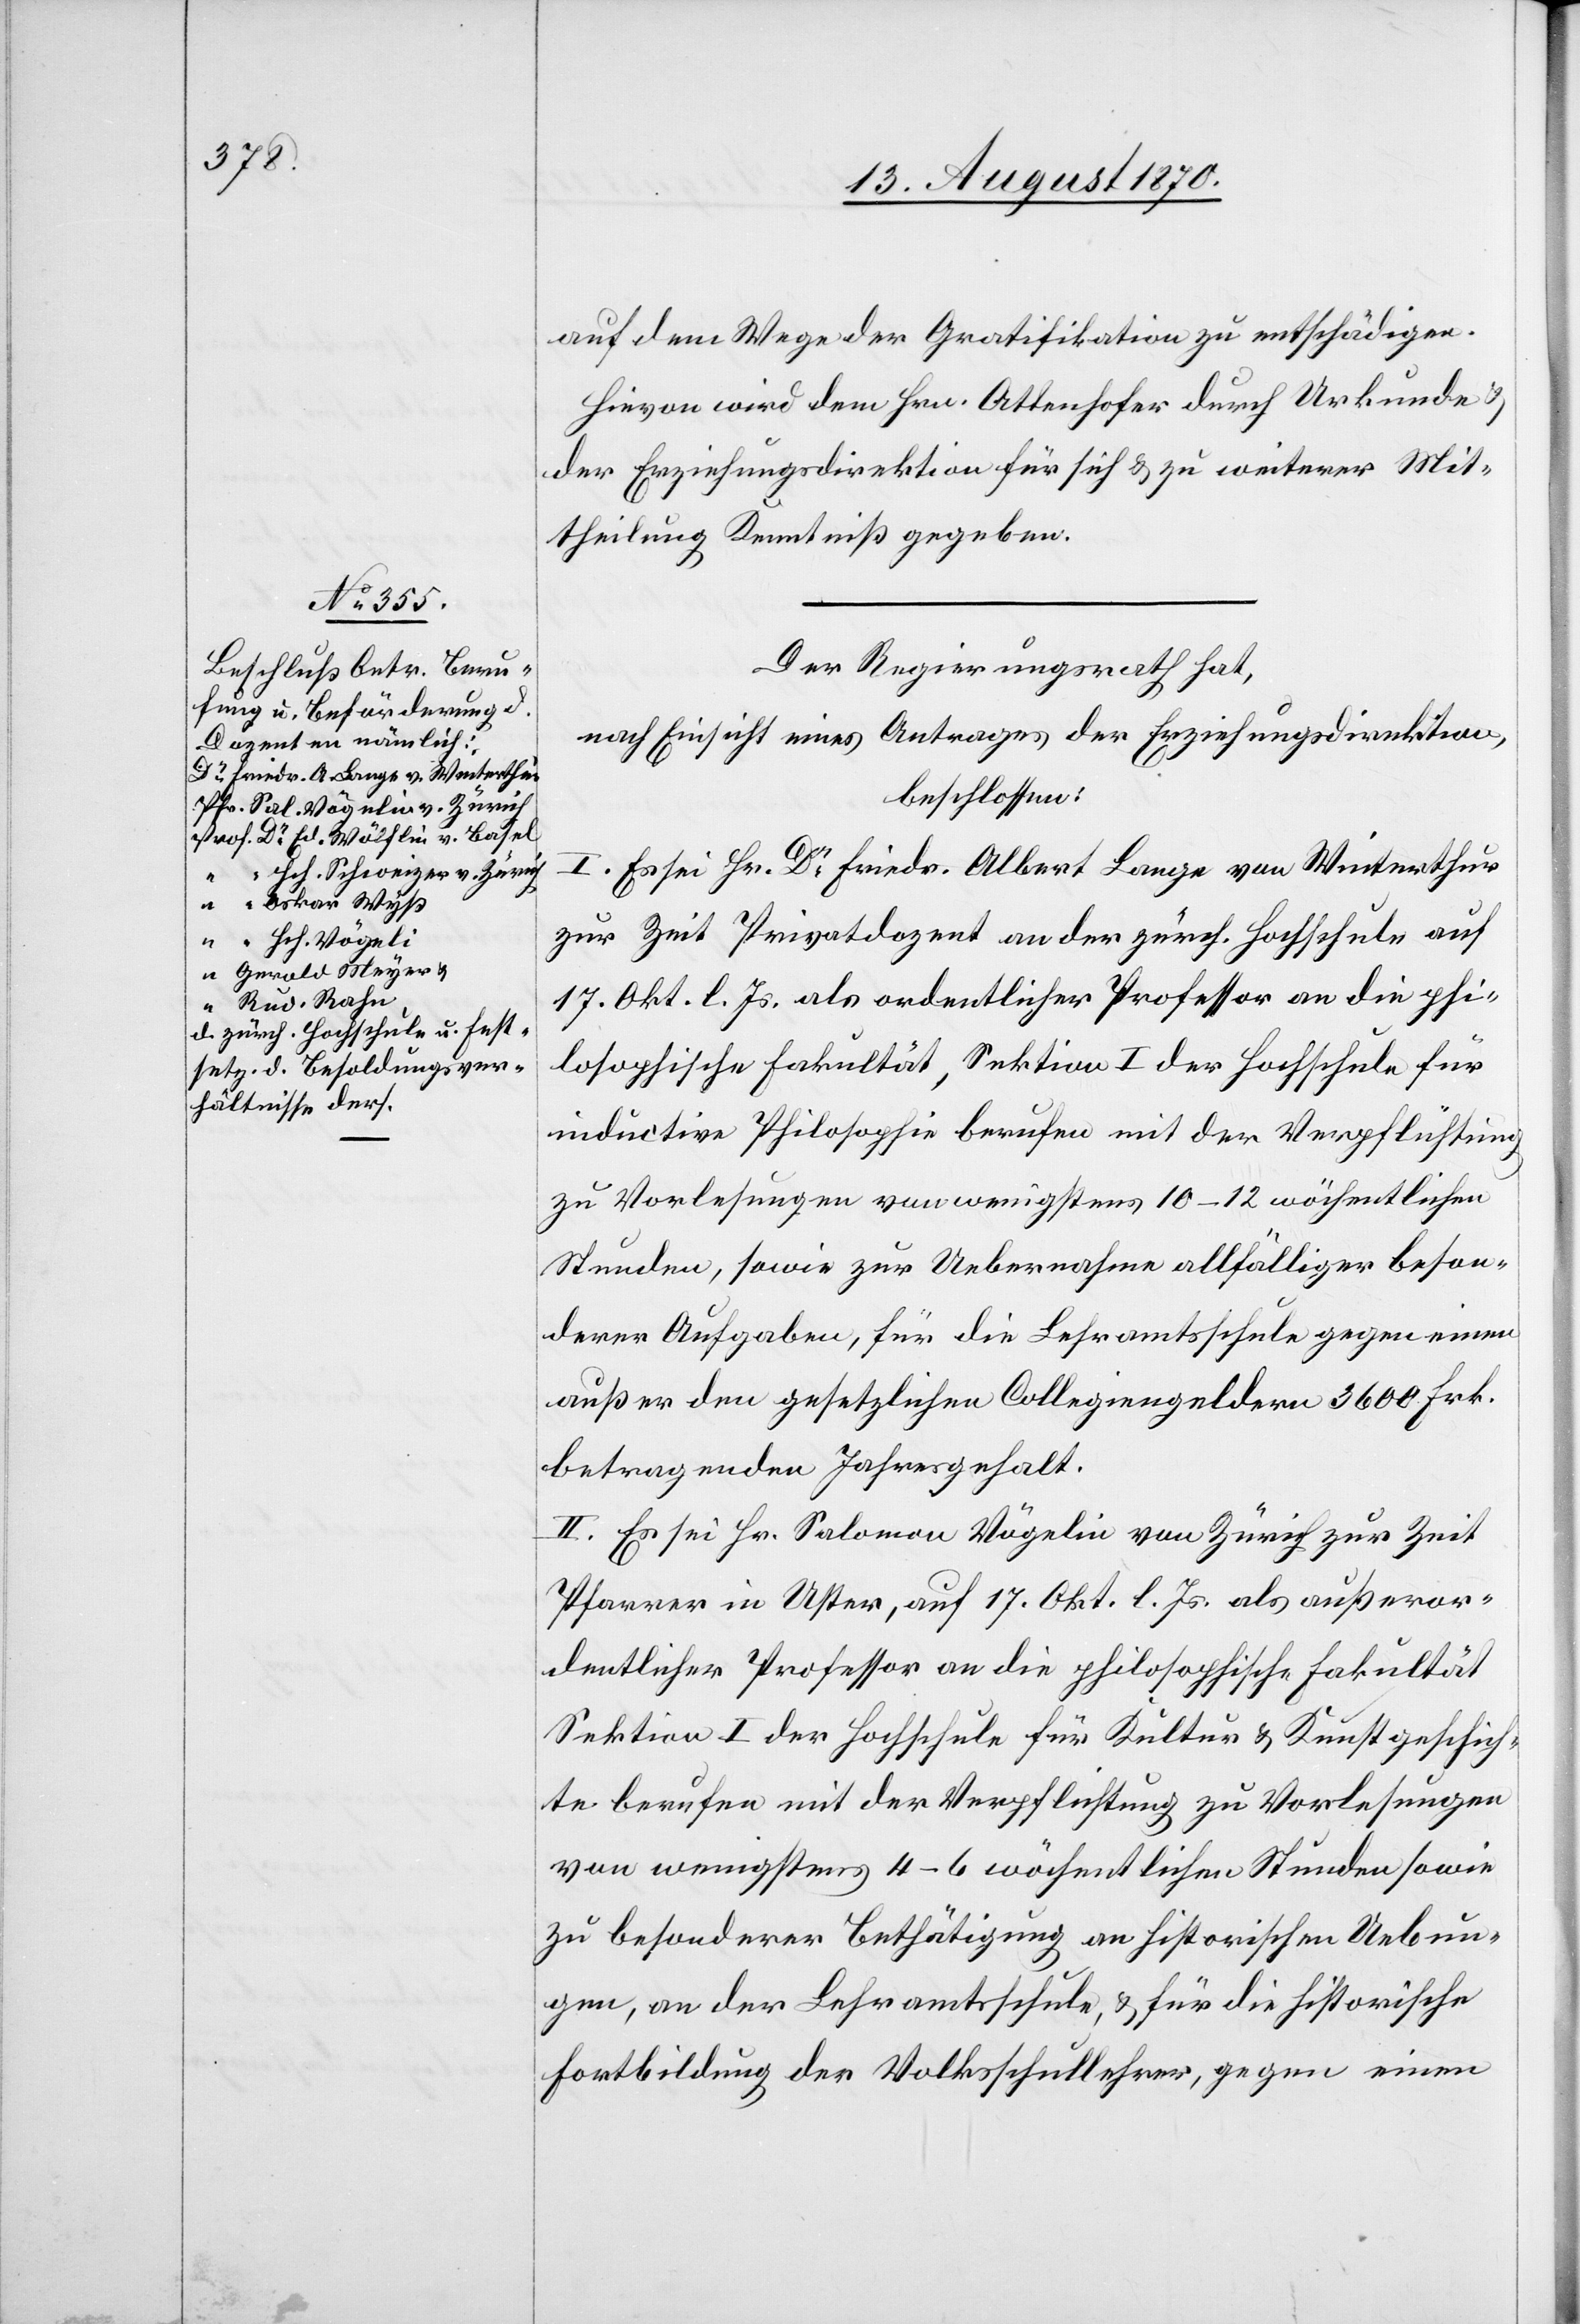
auf dem Wege der Gratifikation zu entschädigen.
Hievon wird dem Hrn. Attenhofer durch Urkunde &
der Erziehungsdirektion für sich & zu weiterer Mit¬
theilung Kenntniß gegeben.
Der Regierungsrath hat,
nach Einsicht eines Antrages der Erziehungsdirektion,
beschlossen:
I. Es sei Hr. Dr Friedr. Albert Lange von Winterthur
zur Zeit Privatdozent an der zürch. Hochschule auf
17. Okt. l. Js. als ordentlicher Professor an die phi¬
losophische Fakultät, Sektion I der Hochschule für
inductive Philosophie berufen mit der Verpflichtung
zu Vorlesungen von wenigstens 10–12 wöchentlichen
Stunden, sowie zur Uebernahme allfälliger beson¬
derer Aufgaben, für die Lehramtsschule gegen einen
außer dem gesetzlichen Collegiengeldern 3600 Frk.
betragenden Jahresgehalt.
II. Es sei Hr. Salomon Vögelin von Zürich zur Zeit
Pfarrer in Uster, auf 17. Okt. l. Js. als außeror¬
dentlicher Professor an die philosophische Fakultät
Sektion I der Hochschule für Kultur & Kunstgeschich¬
te berufen mit der Verpflichtung zu Vorlesungen
von wenigstens 4–6 wöchentlichen Stunden sowie
zu besonderer Bethätigung an historischen Uebun¬
gen, an der Lehramtsschule, & für die historische
Fortbildung der Volksschullehrer, gegen einen